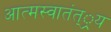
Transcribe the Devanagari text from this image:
आत्मस्वातंत््रय